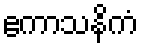
ဧကာသနိကံ